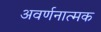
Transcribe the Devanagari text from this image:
अवर्णनात्मक